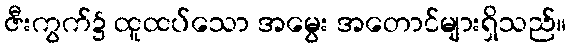
ဇီးကွက်၌ ထူထပ်သော အမွေး အတောင်များရှိသည်။